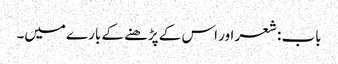
باب : شعر اور اس کے پڑھنے کے بارے میں۔